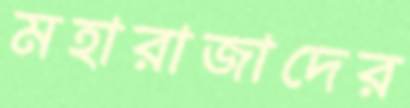
মহারাজাদের